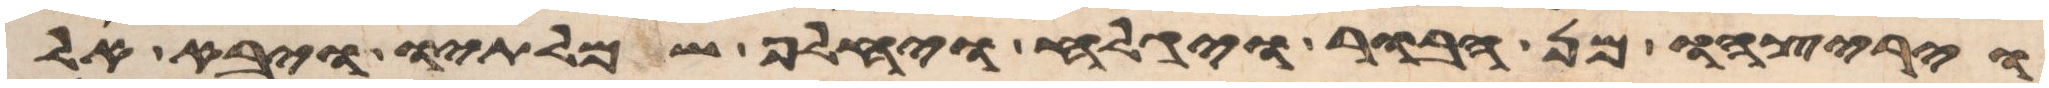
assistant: ויריצהו מן הבור ויגלח ויחלף שמלתיו ויבא אל